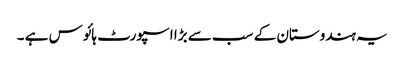
یہ ہندوستان کے سب سے بڑا اسپورٹ ہائوس ہے ۔